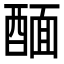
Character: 䤄